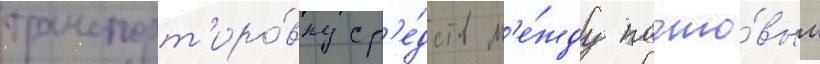
транспорт'иро́вку ср'е́дств м'е́жду почто́вым